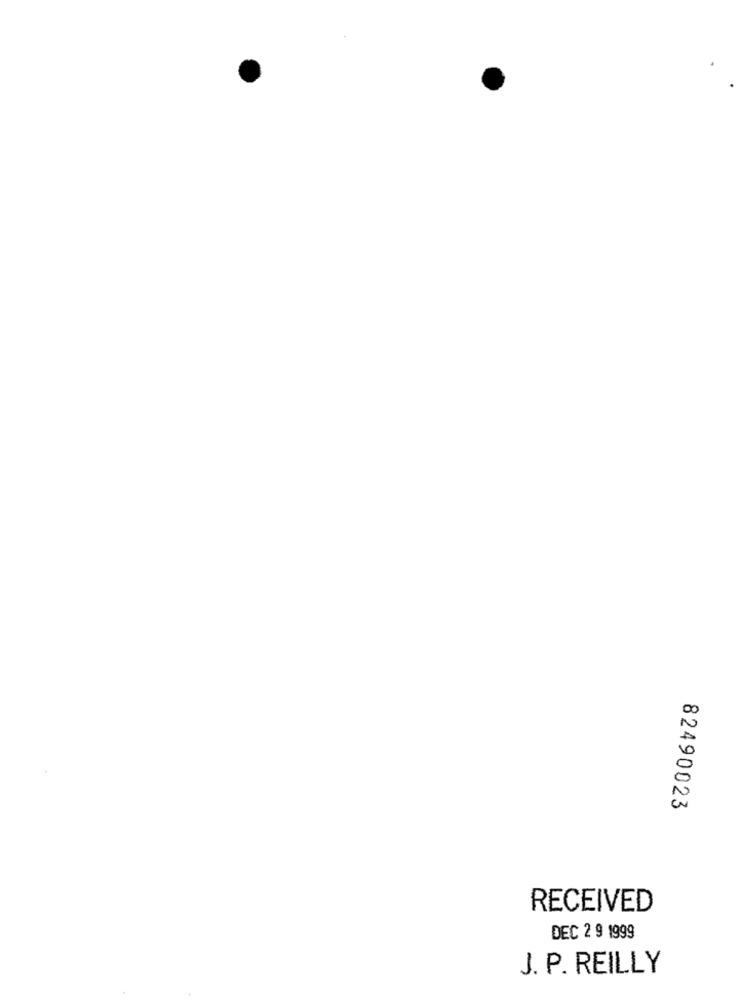
82490023
RECEIVED
DEC 2 9 1999
J. P. REILLY